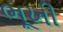
ભૂખી